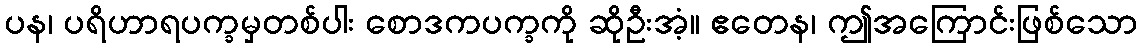
ပန၊ ပရိဟာရပက္ခမှတစ်ပါး စောဒကပက္ခကို ဆိုဦးအံ့။ ဧတေန၊ ဤအကြောင်းဖြစ်သော